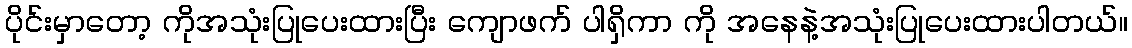
ပိုင်းမှာတော့ ကိုအသုံးပြုပေးထားပြီး ကျောဖက် ပါရှိကာ ကို အနေနဲ့အသုံးပြုပေးထားပါတယ်။